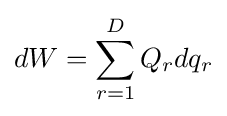
dW=\sum _{r=1}^{D}Q_{r}dq_{r}